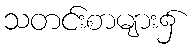
သတင်းစာများ၌